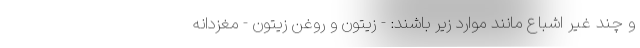
و چند غیر اشباع مانند موارد زیر باشند: - زیتون و روغن زیتون - مغزدانه